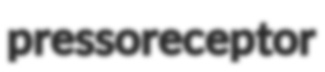
pressoreceptor